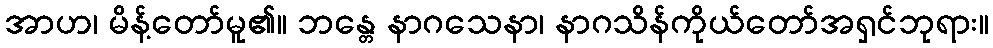
အာဟ၊ မိန့်တော်မူ၏။ ဘန္တေ နာဂသေနာ၊ နာဂသိန်ကိုယ်တော်အရှင်ဘုရား။